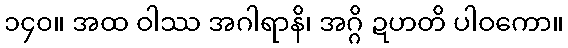
၁၄၀။ အထ ဝါဿ အဂါရာနိ၊ အဂ္ဂိ ဍဟတိ ပါဝကော။